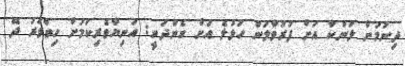
ދިނުމަށް ލަންކާ އަށް ފުރުވާލަން ހުޅުލެ އަށް ގެންދަނީ: އަނިޔާވެރިކަމަށް ހިތްވަރު ދޭ